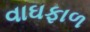
વાઘફાળ